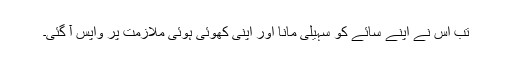
تب اس نے اپنے سائے کو سہیلی مانا اور اپنی کھوئی ہوئی ملازمت پر واپس آ گئی۔